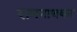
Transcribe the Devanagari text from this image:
रामनाथकर